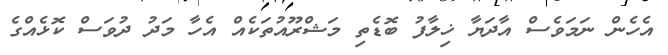
އެހެން ނަމަވެސް އާދަޔާ ޚިލާފު ބޮޑެތި މަޝްރޫއުތަކެއް އެހާ މަދު ދުވަސް ކޮޅެއްގެ